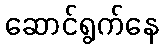
ဆောင်ရွက်နေ